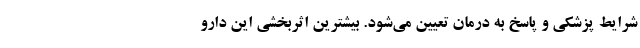
شرایط پزشکی و پاسخ به درمان تعیین می‌شود. بیشترین اثربخشی این دارو